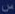
س